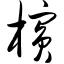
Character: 槟